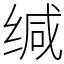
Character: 缄